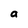
Character: a